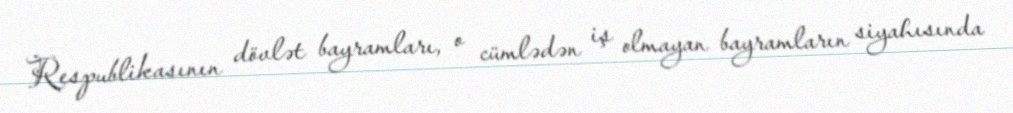
Respublikasının dövlət bayramları, o cümlədən iş olmayan bayramların siyahısında